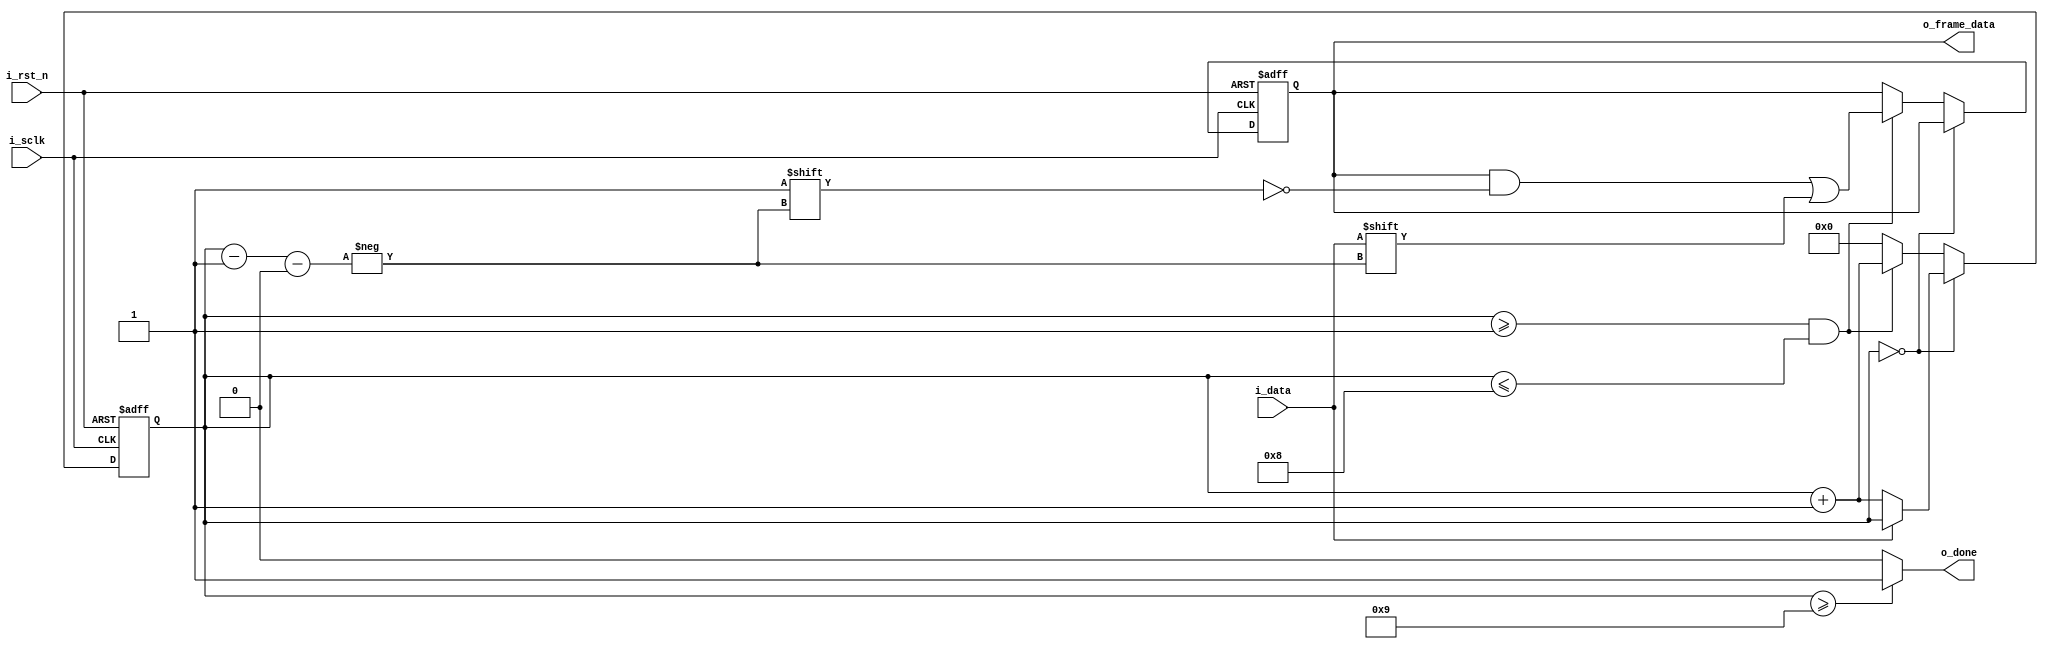
module kb_driver1
(
    //control signals
    // input i_clk, //clock for driver
    input i_rst_n, //reset when signal is low
    //ps 2 interface
    input i_data, //ps2 data,lowest bit first
    input i_sclk, //ps2 clk,use negedge to trigger
    //driver interface
    output o_done,//high for a clk cycle, signaling a Byte of data is received
    output reg [7:0]o_frame_data //the datared
);
    //registers definitions
    reg [3:0] read_cnt; //counter of the clk
    
    //combinational circuits
    assign o_done=(read_cnt>=4'd9)?4'b1:4'b0;

    always @(negedge i_sclk or negedge i_rst_n) begin
        if(!i_rst_n) begin
            read_cnt <= 4'b0;
            o_frame_data <= 8'b0;
        end
        else begin
            if(read_cnt==4'b0)begin
                //start flag
                if(i_data==0) begin
                    read_cnt<=read_cnt+4'b1;
                end
            end
            else if(read_cnt>=4'b1&&read_cnt<=4'd8)begin
                //data frame
                o_frame_data[read_cnt-4'b1]=i_data;
                read_cnt<=read_cnt+4'b1;
            end
            else begin
                //reset when read is done
                read_cnt<=4'b0;
            end
        end
    end
endmodule